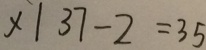
x \vert 3 7 - 2 = 3 5